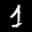
Label: 1